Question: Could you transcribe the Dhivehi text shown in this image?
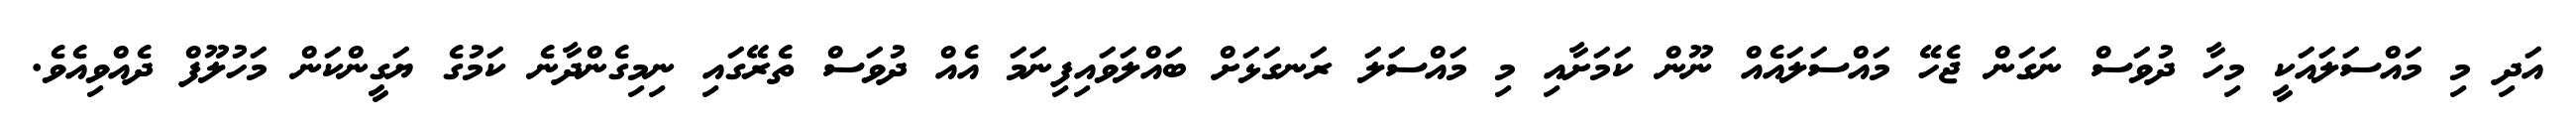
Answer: އަދި މި މައްސަލައަކީ މިހާ ދުވަސް ނަގަން ޖެހޭ މައްސަލައެއް ނޫން ކަމަށާއި މި މައްސަލަ ރަނގަޅަށް ބައްލަވައިފިނަމަ އެއް ދުވަސް ތެރޭގައި ނިމިގެންދާނެ ކަމުގެ ޔަގީންކަން މަހުލޫފް ދެއްވިއެވެ.